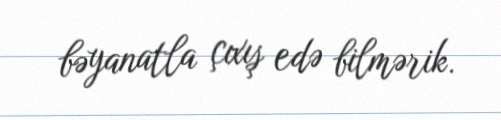
bəyanatla çıxış edə bilmərik.